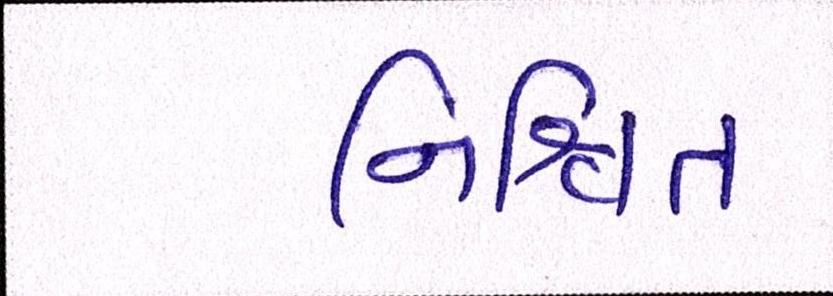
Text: નિશ્ચિત